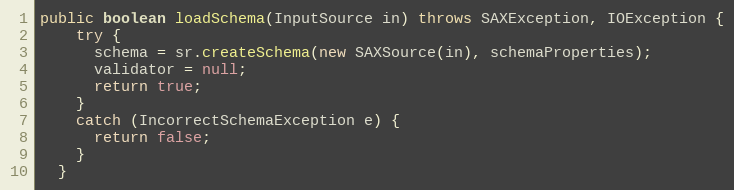
Language: Java
public boolean loadSchema(InputSource in) throws SAXException, IOException {
    try {
      schema = sr.createSchema(new SAXSource(in), schemaProperties);
      validator = null;
      return true;
    }
    catch (IncorrectSchemaException e) {
      return false;
    }
  }